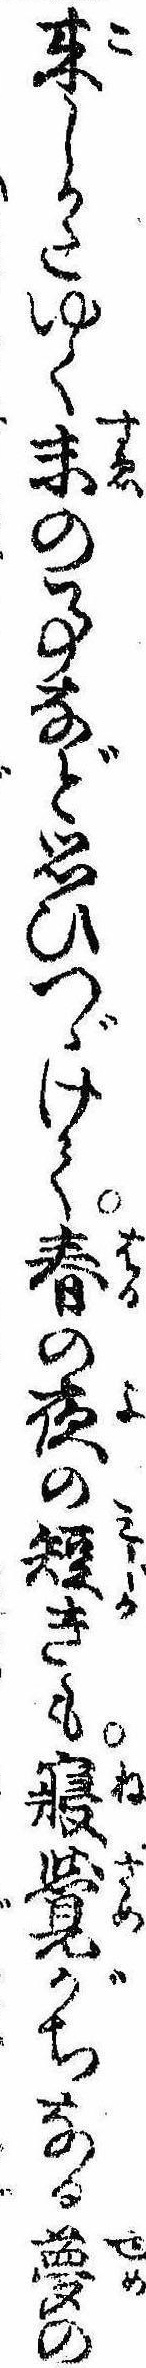
来しかたゆく末の事など思ひつゞけて春の夜の短きも寝覚がちなる夢の